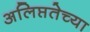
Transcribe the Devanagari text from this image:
अलिप्ततेच्या